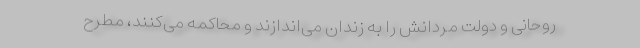
روحانی و دولت مردانش را به زندان می‌اندازند و محاکمه می‌کنند، مطرح